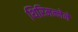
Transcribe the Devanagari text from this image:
थिरिमन्नेने